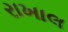
રાખાલ